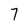
Character: 7